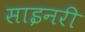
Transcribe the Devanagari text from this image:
साइनरी